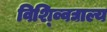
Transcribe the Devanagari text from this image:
विश्व्विद्याल्य